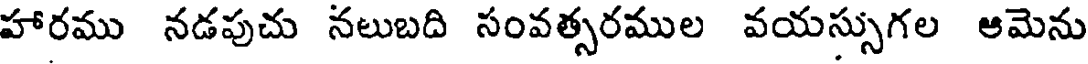
హారము నడపుచు నలుబది సంవత్సరముల వయస్సుగల ఆమెను